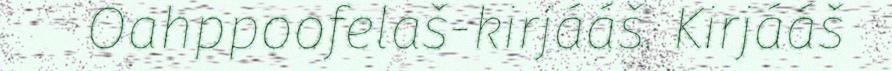
Oahppoofelaš-kirjááš. Kirjááš